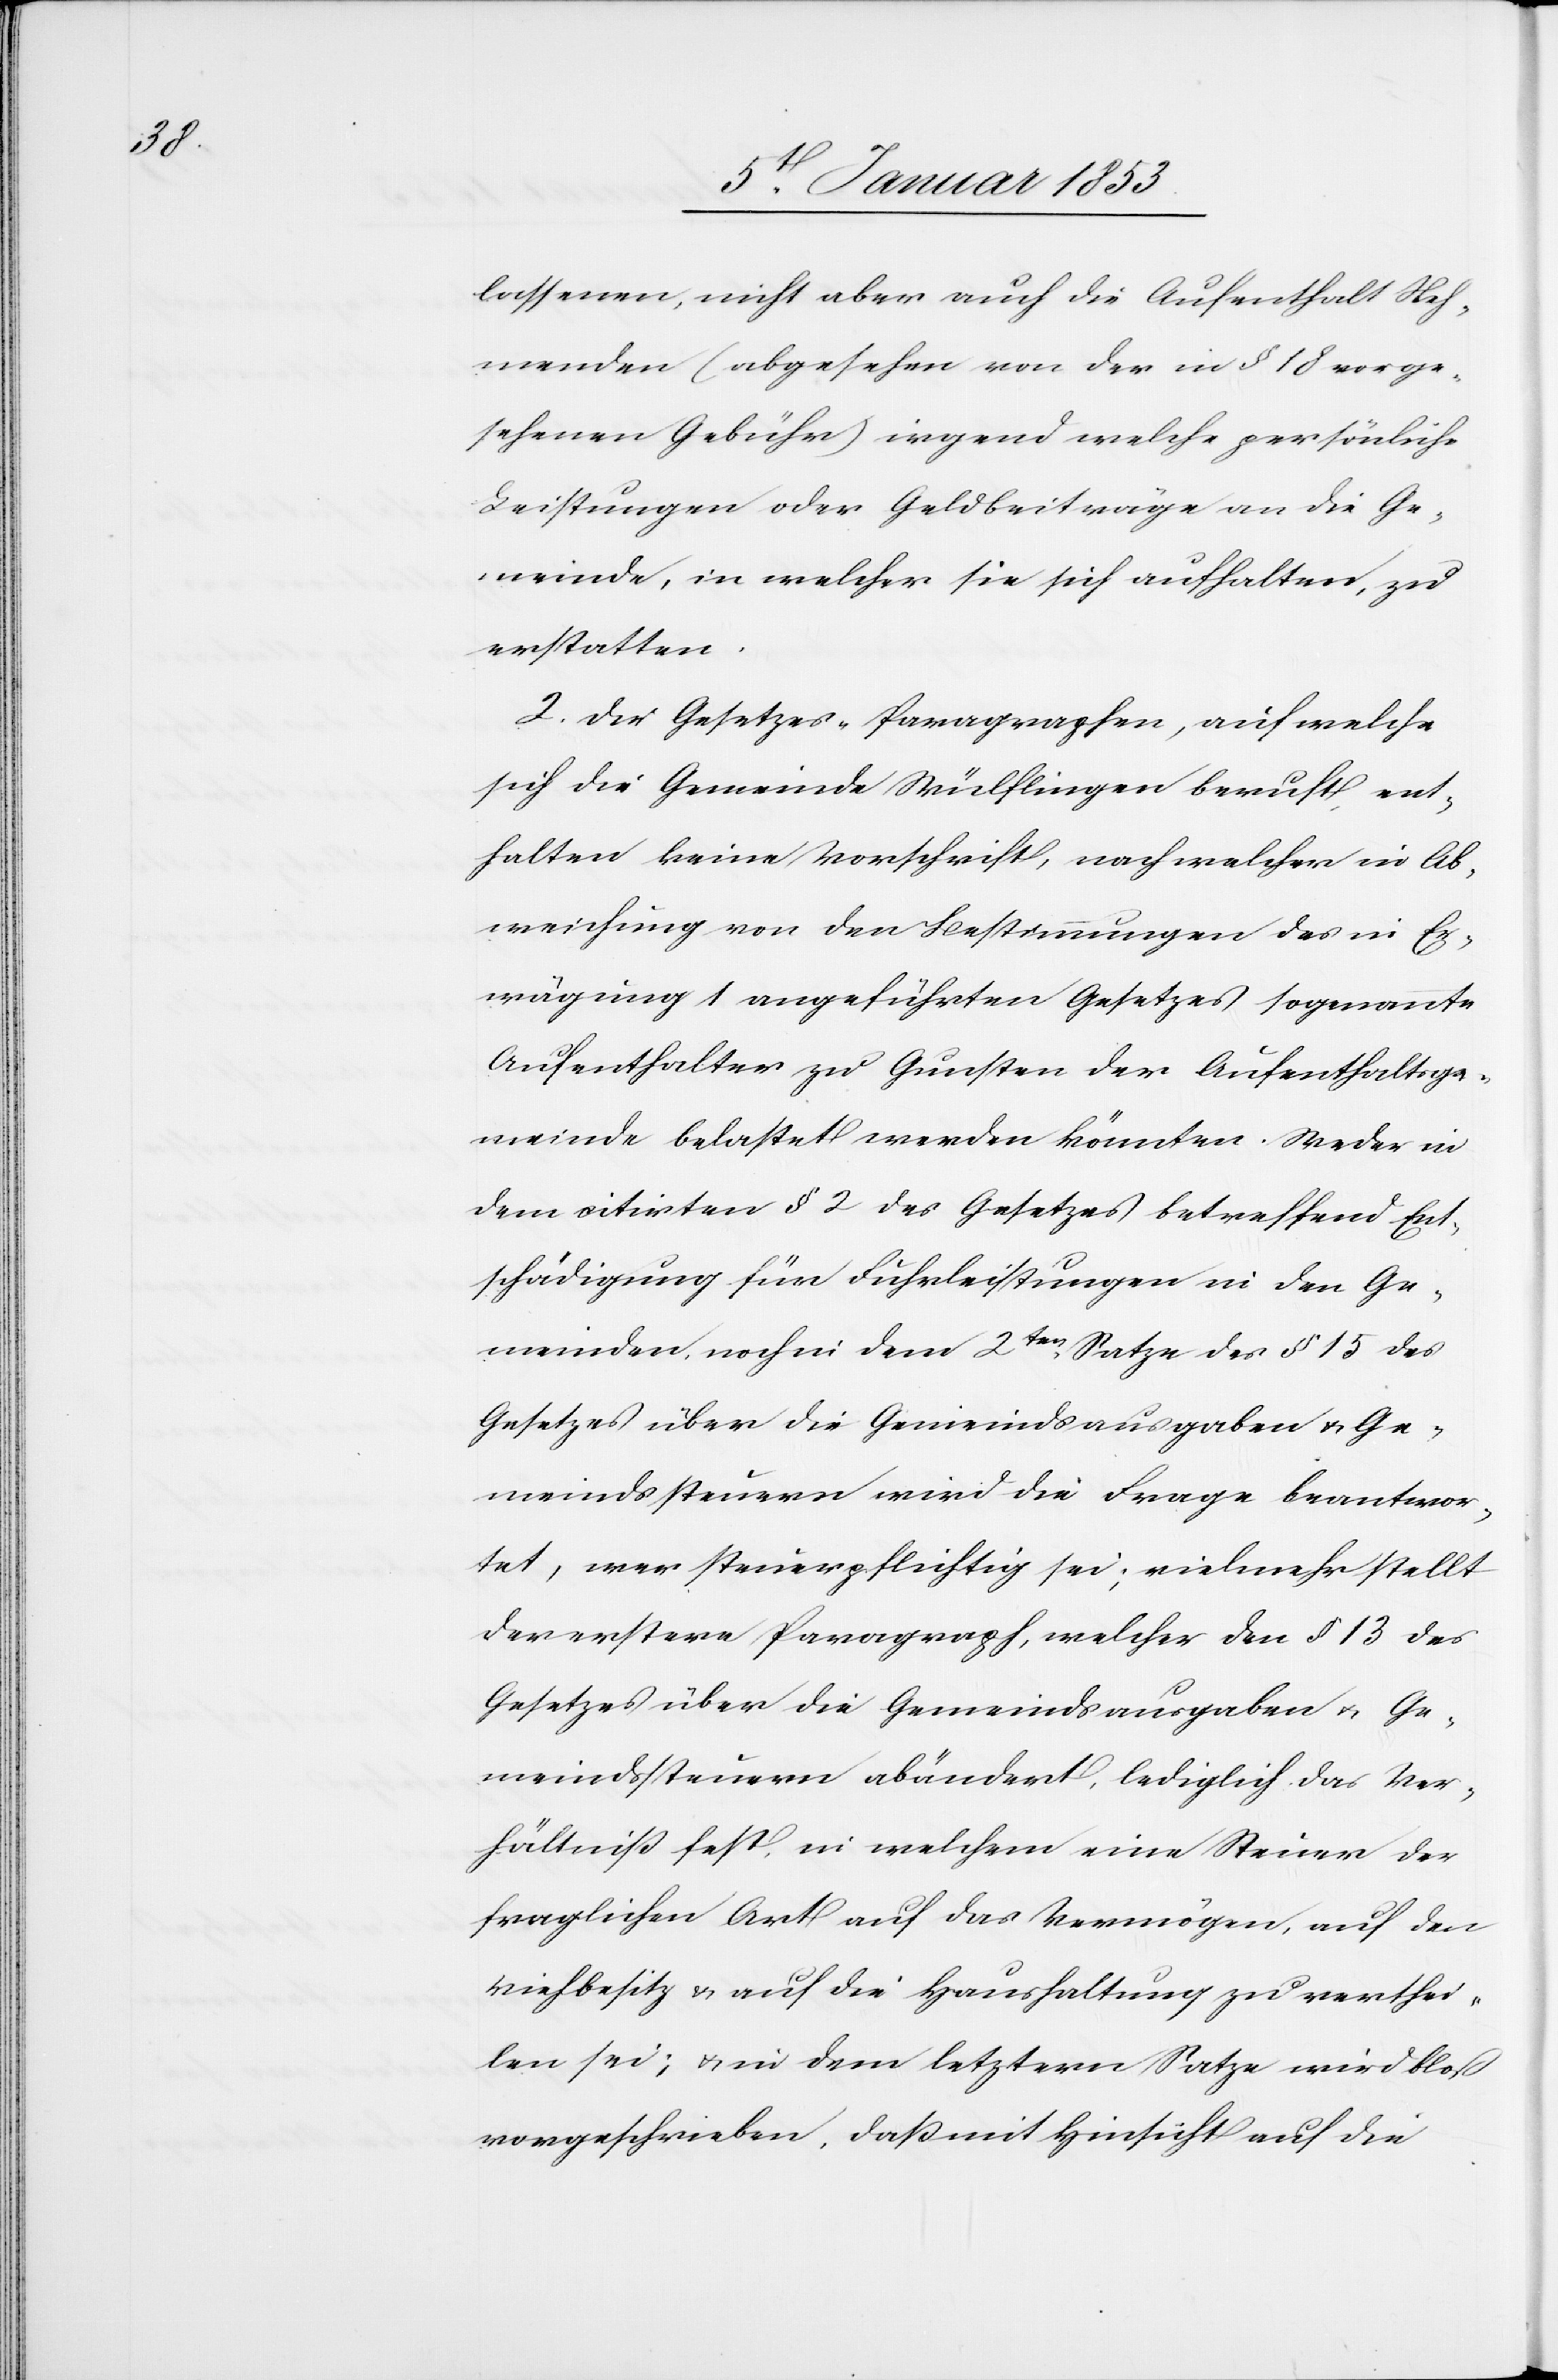
lassenen, nicht aber auch die Aufenthalt Neh¬
menden (abgesehen von der in §. 18 vorge¬
sehenen Gebühr) irgend welche persönliche
Leistungen oder Geldbeiträge an die Ge¬
meinde, in welcher sie sich aufhalten, zu
erstatten.
2. Die Gesetzes-Paragraphen, auf welche
sich die Gemeinde Wülflingen beruft ent¬
halten keine Vorschrift, nach welcher in Ab¬
weichung von den Bestimmungen des in Er¬
wägung 1 nachgeführten Gesetzes sogenannte
Aufenthalter zu Gunsten der Aufenthaltsge¬
meinde belastet werden könnten. Weder in
dem citirten § 2 des Gesetzes betreffend Ent¬
schädigung für Fuhrleistungen in den Ge¬
meinden noch in dem 2ten. Satze des § 15 des
Gesetzes über die Gemeindsausgaben u. Ge¬
meindssteuern wird die Frage beantwor¬
tet, wer steuerpflichtig sei, vielmehr stellt
der erstere Paragraph, welcher den § 13 des
Gesetzes über die Gemeindsausgaben u. Ge¬
meindssteuern abändert lediglich das Ver¬
hältniß fest in welchem eine Steuer der
fraglichen Art auf das Vermögen, auf den
Viehbesitz u. auf die Haushaltung zu verthei¬
len sei; u. in dem letztern Satze wird bloß
vorgeschrieben, daß mit Hinsicht auf die